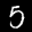
Label: 5